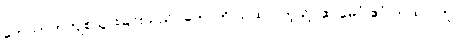
ကောက်တကျစ်သွားခြင်းသည်။ ဟောတိ ယထာ၊ ကဲ့သို့။ ဧဝမေဝံ ဧဝံ တထာ၊ တူ။